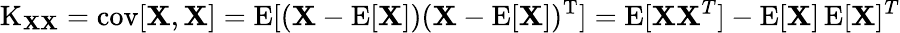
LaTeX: \operatorname{K}_{\mathbf{X}\mathbf{X}}=\operatorname{cov}[\mathbf{X},\mathbf{X}]=\operatorname{E}[(\mathbf{X}-\operatorname{E}[\mathbf{X}])(\mathbf{X}-\operatorname{E}[\mathbf{X}])^{\mathrm{{T}}}]=\operatorname{E}[\mathbf{X}\mathbf{X}^{T}]-\operatorname{E}[\mathbf{X}]\operatorname{E}[\mathbf{X}]^{T}